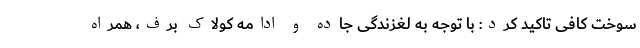
سوخت کافی تاکید کرد: با توجه به لغزندگی جاده‌ و ادامه کولاک برف، همراه